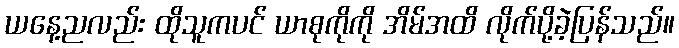
ယနေ့ညလည်း ထိုသူကပင် ယာစုကိုကို အိမ်အထိ လိုက်ပို့ခဲ့ပြန်သည်။